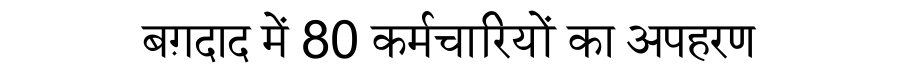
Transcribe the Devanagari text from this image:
बग़दाद में 80 कर्मचारियों का अपहरण